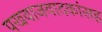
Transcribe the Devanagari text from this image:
पखवाजवादकांसह